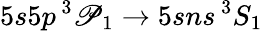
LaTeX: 5s5p\, ^{3}\mathscr{P}_{1}\to5sns\, ^{3}S_{1}